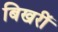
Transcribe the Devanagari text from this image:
बिखरीं